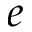
e